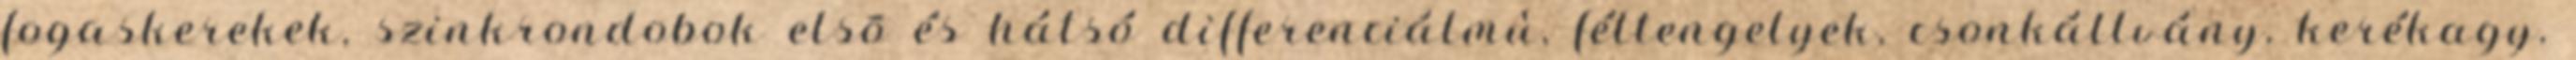
fogaskerekek, szinkrondobok elsõ és hátsó differenciálmû, féltengelyek, csonkállvány, kerékagy,